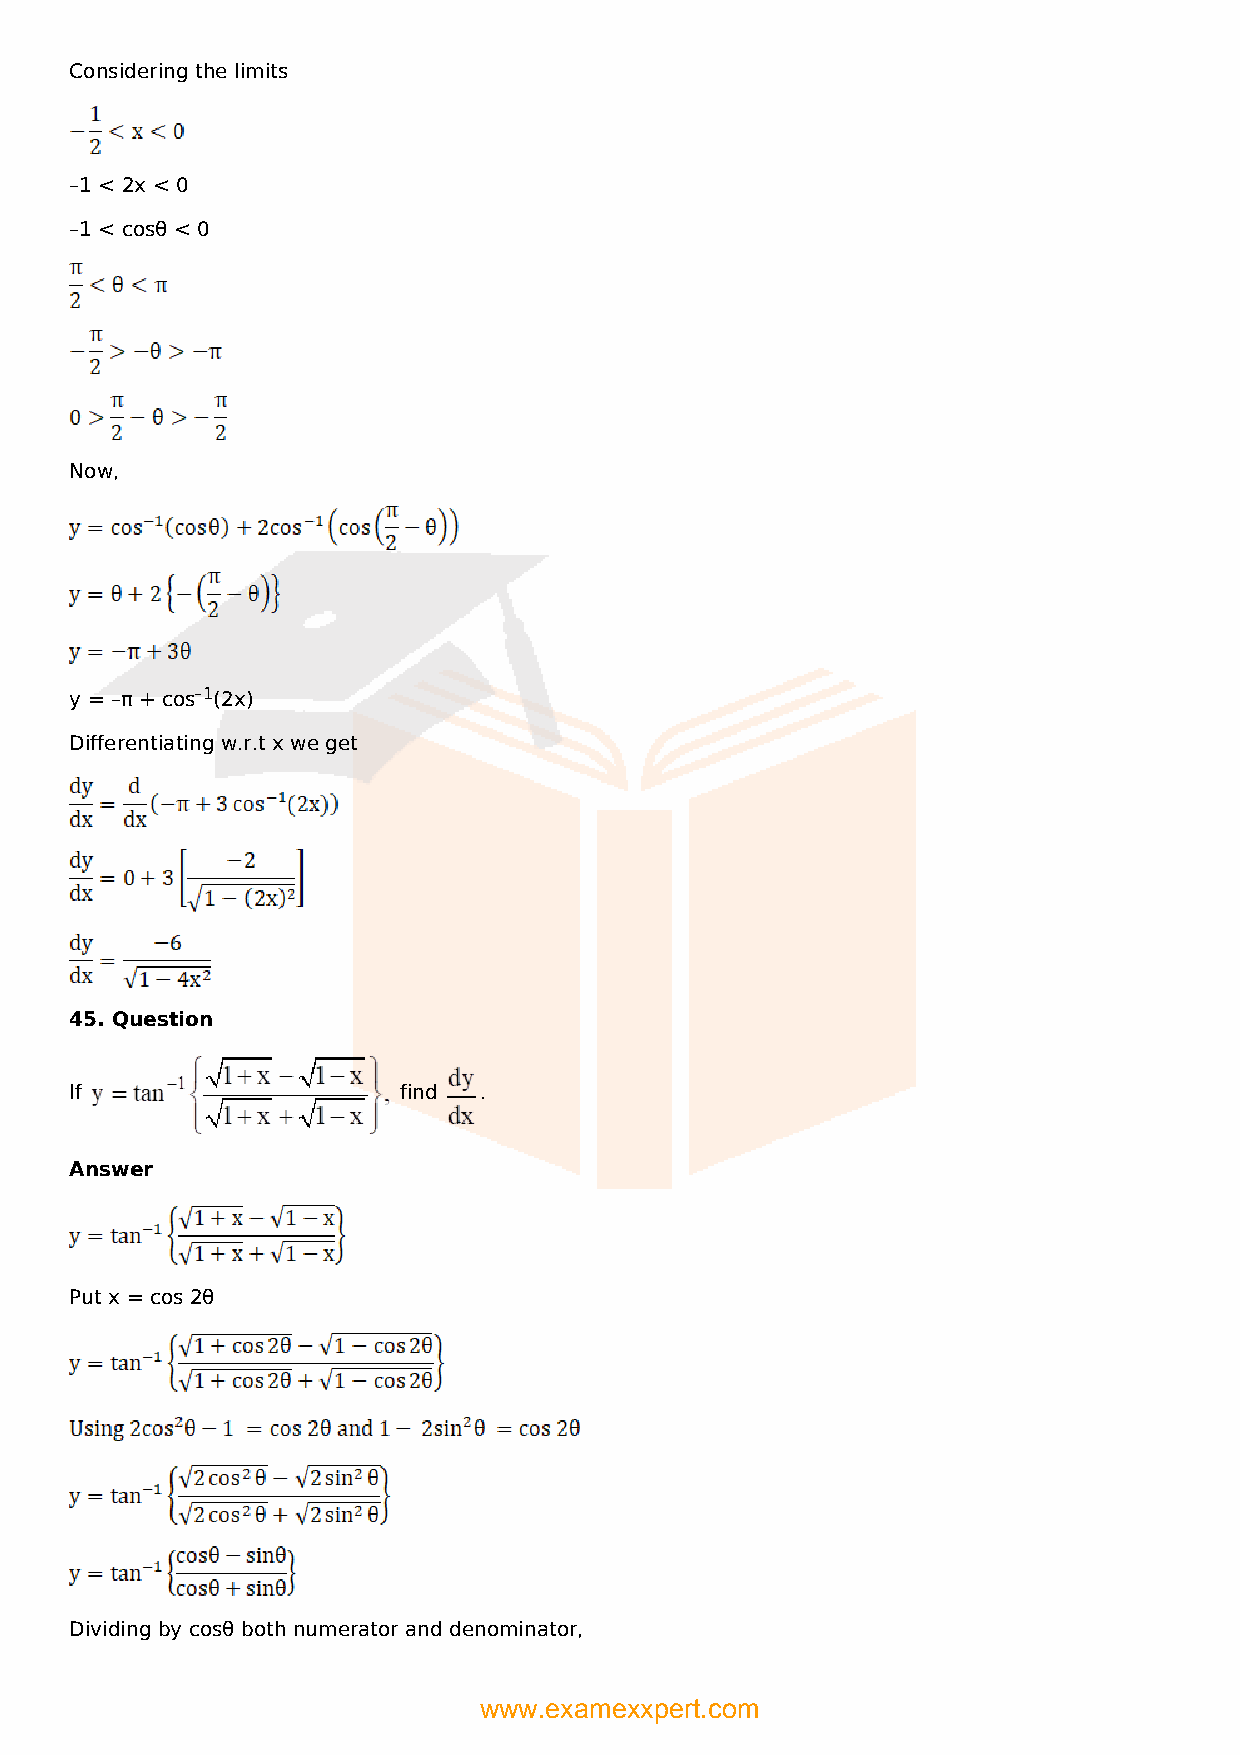
Considering the limits
 –1 < 2x < 0
 –1 < cosθ < 0
 Now,
 y = –π + cos–1(2x)
 Differentiating w.r.t x we get
 45. Question
 If                   find  .
 Answer
 Put x = cos 2θ
 Dividing by cosθ both numerator and denominator,
 www.examexxpert.com